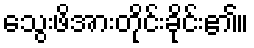
သွေးဖိအားတိုင်းခိုင်း၏။